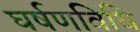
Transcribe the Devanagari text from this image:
घर्षणविधि